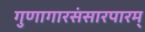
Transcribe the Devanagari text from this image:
गुणागारसंसारपारम्